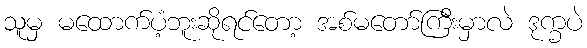
သူမှ မထောက်ပံ့ဘူးဆိုရင်တော့ အစ်မတော်ကြီးမှာလဲ ဒုက္ခပဲ